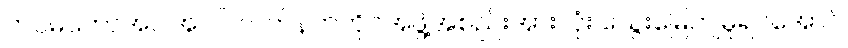
တပ်မတော်အပါအဝင် လက်နက်ကိုင်အဖွဲ့အစည်းအားလုံး သွေးမြေကျမှုရပ်အောင်